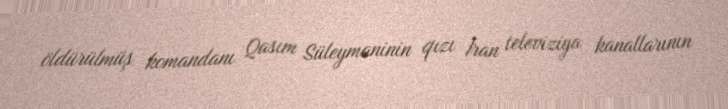
öldürülmüş komandanı Qasım Süleymaninin qızı İran televiziya kanallarının